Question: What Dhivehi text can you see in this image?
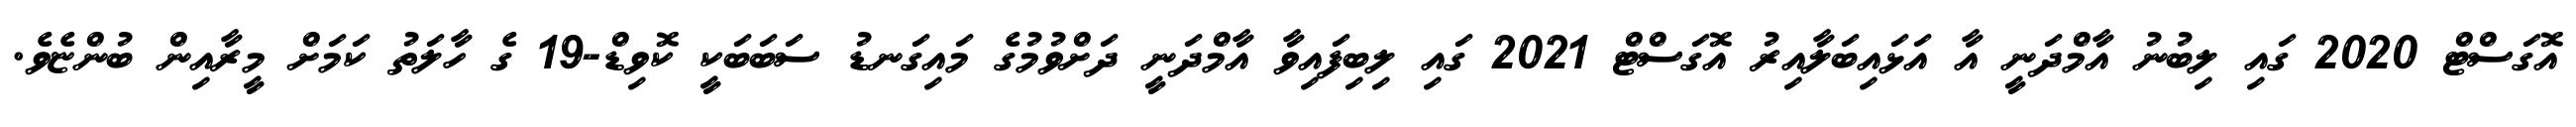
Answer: އޮގަސްޓް 2020 ގައި ލިބުނު އާމްދަނީ އާ އަޅައިބަލާއިރު އޮގަސްޓް 2021 ގައި ލިބިފައިވާ އާމްދަނީ ދަށްވުމުގެ މައިގަނޑު ސަބަބަކީ ކޮވިޑް-19 ގެ ހާލަތު ކަމަށް މީރާއިން ބުންޏެވެ.